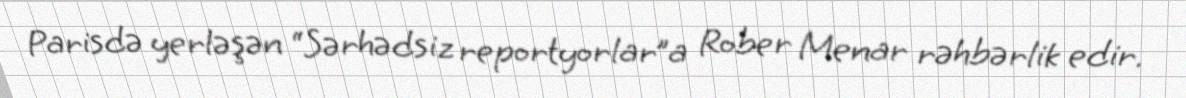
Parisdə yerləşən “Sərhədsiz reportyorlar”a Rober Menar rəhbərlik edir.